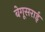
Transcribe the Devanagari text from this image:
बेगूसराई